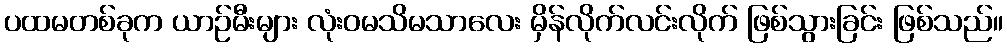
ပထမတစ်ခုက ယာဉ်မီးများ လုံးဝမသိမသာလေး မှိန်လိုက်လင်းလိုက် ဖြစ်သွားခြင်း ဖြစ်သည်။